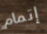
إتمام